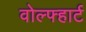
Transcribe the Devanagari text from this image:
वोल्फ्हार्ट